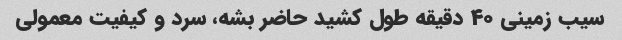
سیب زمینی ۴۰ دقیقه طول کشید حاضر بشه، سرد و کیفیت معمولی